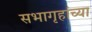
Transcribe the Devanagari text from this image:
सभागृहांच्या